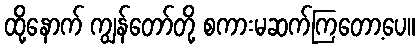
ထို့နောက် ကျွန်တော်တို့ စကားမဆက်ကြတော့ပေ။